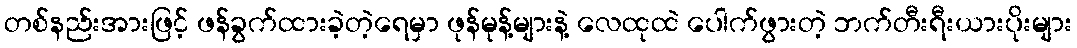
တစ်နည်းအားဖြင့် ဖန်ခွက်ထားခဲ့တဲ့ရေမှာ ဖုန်မုန့်များနဲ့ လေထုထဲ ပေါက်ဖွားတဲ့ ဘက်တီးရီးယားပိုးများ